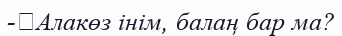
-	Алакөз інім, балаң бар ма?